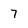
Character: 7